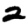
Digit: 2